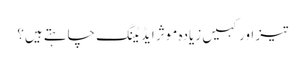
تیز اور کہیں زیادہ موثر ایڈیٹنگ چاہتے ہیں؟